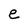
Character: e